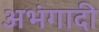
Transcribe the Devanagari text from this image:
अभंगादी